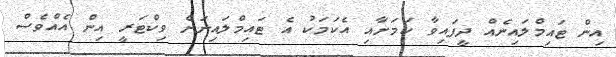
އިން ޓައިމްލައިނެއް ދީފައިވާ ކަމަށާއި އެކަމަކު އެ ޓައިމްލައިނަށް ވިކްޓަރީ އިން އެއްވެސް